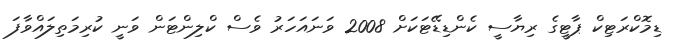
ޑިމޮކްރަޓިކް ޕާޓީގެ ރިޔާސީ ކެންޑިޑޭޓަކަށް 2008 ވަނައަހަރު ވެސް ކްލިންޓަން ވަނީ ކުރިމަތިލައްވާފަ